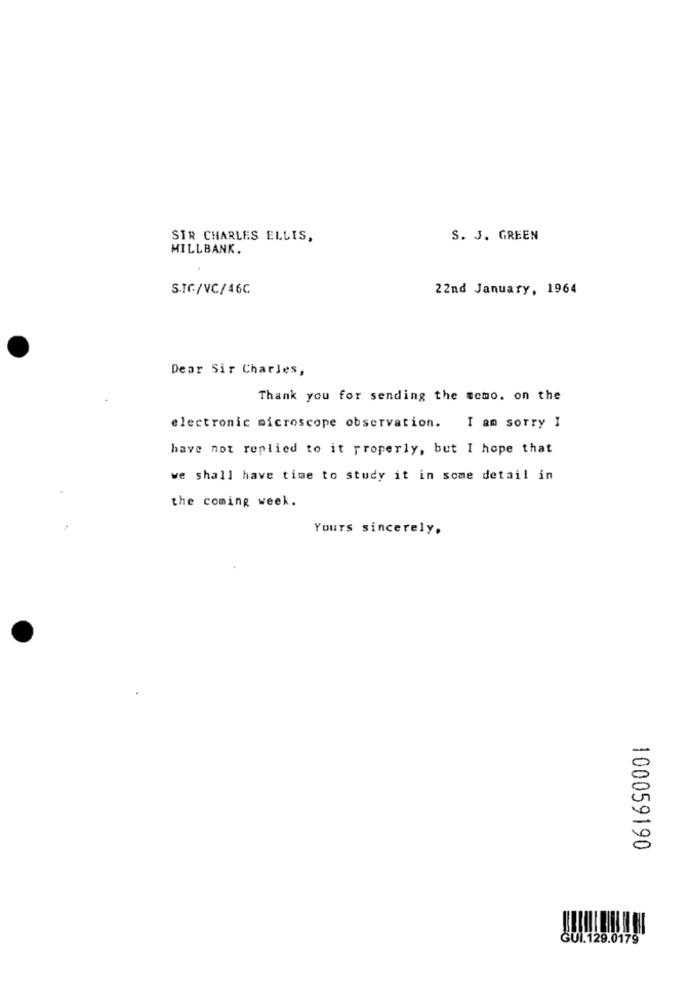
SIR CHARLES ELLIS,
S. J. GREEN
MILLBANK.
S.IC/VC/46C
22nd January, 1964
Dear Sir Charles,
Thank you for sending the memo. on the
electronic microscope observation. I am sorry I
have not replied to it properly, but I hope that
we shall have time to study it in some detail in
the coming week.
Yours sincerely.
100059190
GUI.129.0179